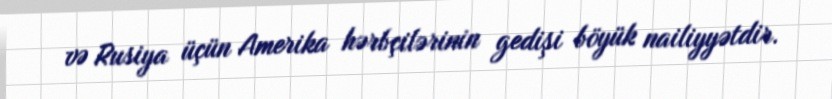
və Rusiya üçün Amerika hərbçilərinin gedişi böyük nailiyyətdir.